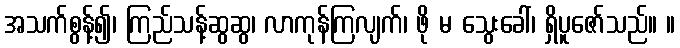
အသက်စွန့်၍၊ ကြည်သန့်ဆွဆွ၊ လာကုန်ကြလျက်၊ ဖို မ သွေးခေါ်၊ ရှိပူဇော်သည်။ ။